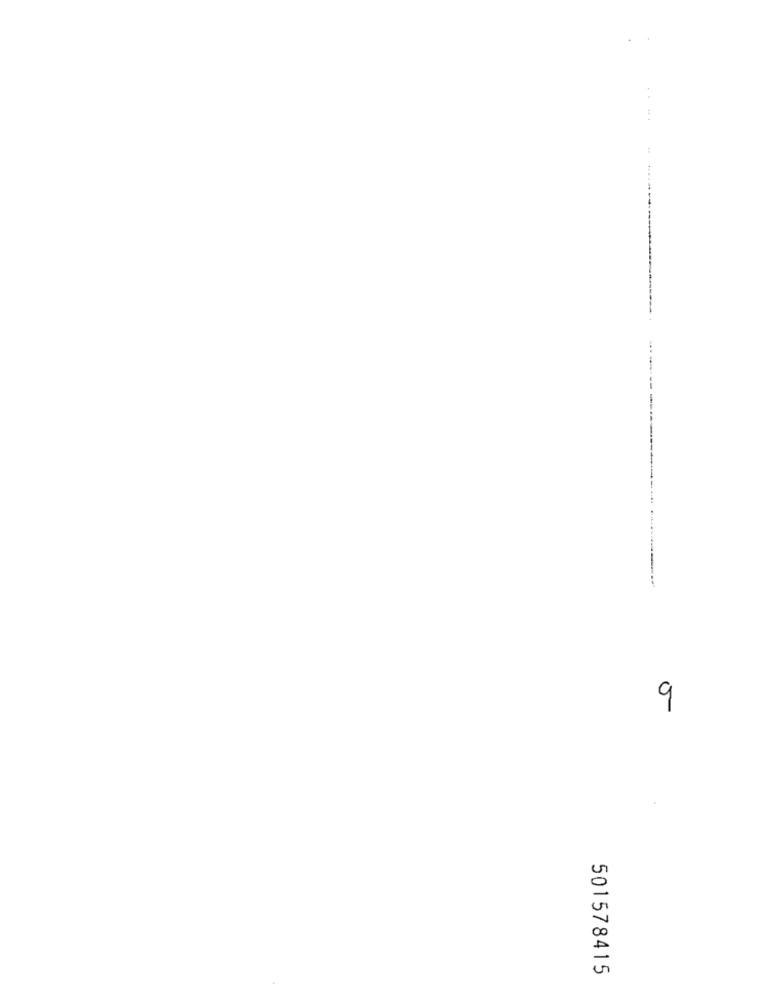
9
501578415